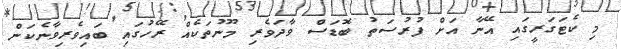
މި ކެޓަގަރީގައި އޭނާ އަށް ފުރުސަތު ބޮޑަސް ވާދަވެރި މޫނުތަކެއް ރޭހުގައި ބައިވެރިވާނެކަން